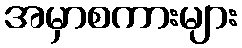
အမှာစကားများ